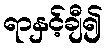
ရာနှင့်ချီ၍